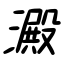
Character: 澱